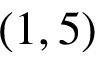
( 1 , 5 )